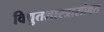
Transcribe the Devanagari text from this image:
विद्युतशास्त्रासोबत